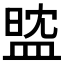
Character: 𥁻